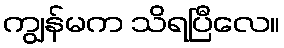
ကျွန်မက သိရပြီလေ။